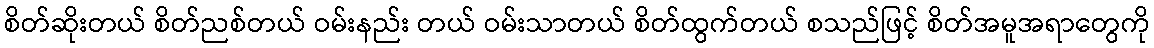
စိတ်ဆိုးတယ် စိတ်ညစ်တယ် ဝမ်းနည်း တယ် ဝမ်းသာတယ် စိတ်ထွက်တယ် စသည်ဖြင့် စိတ်အမူအရာတွေကို